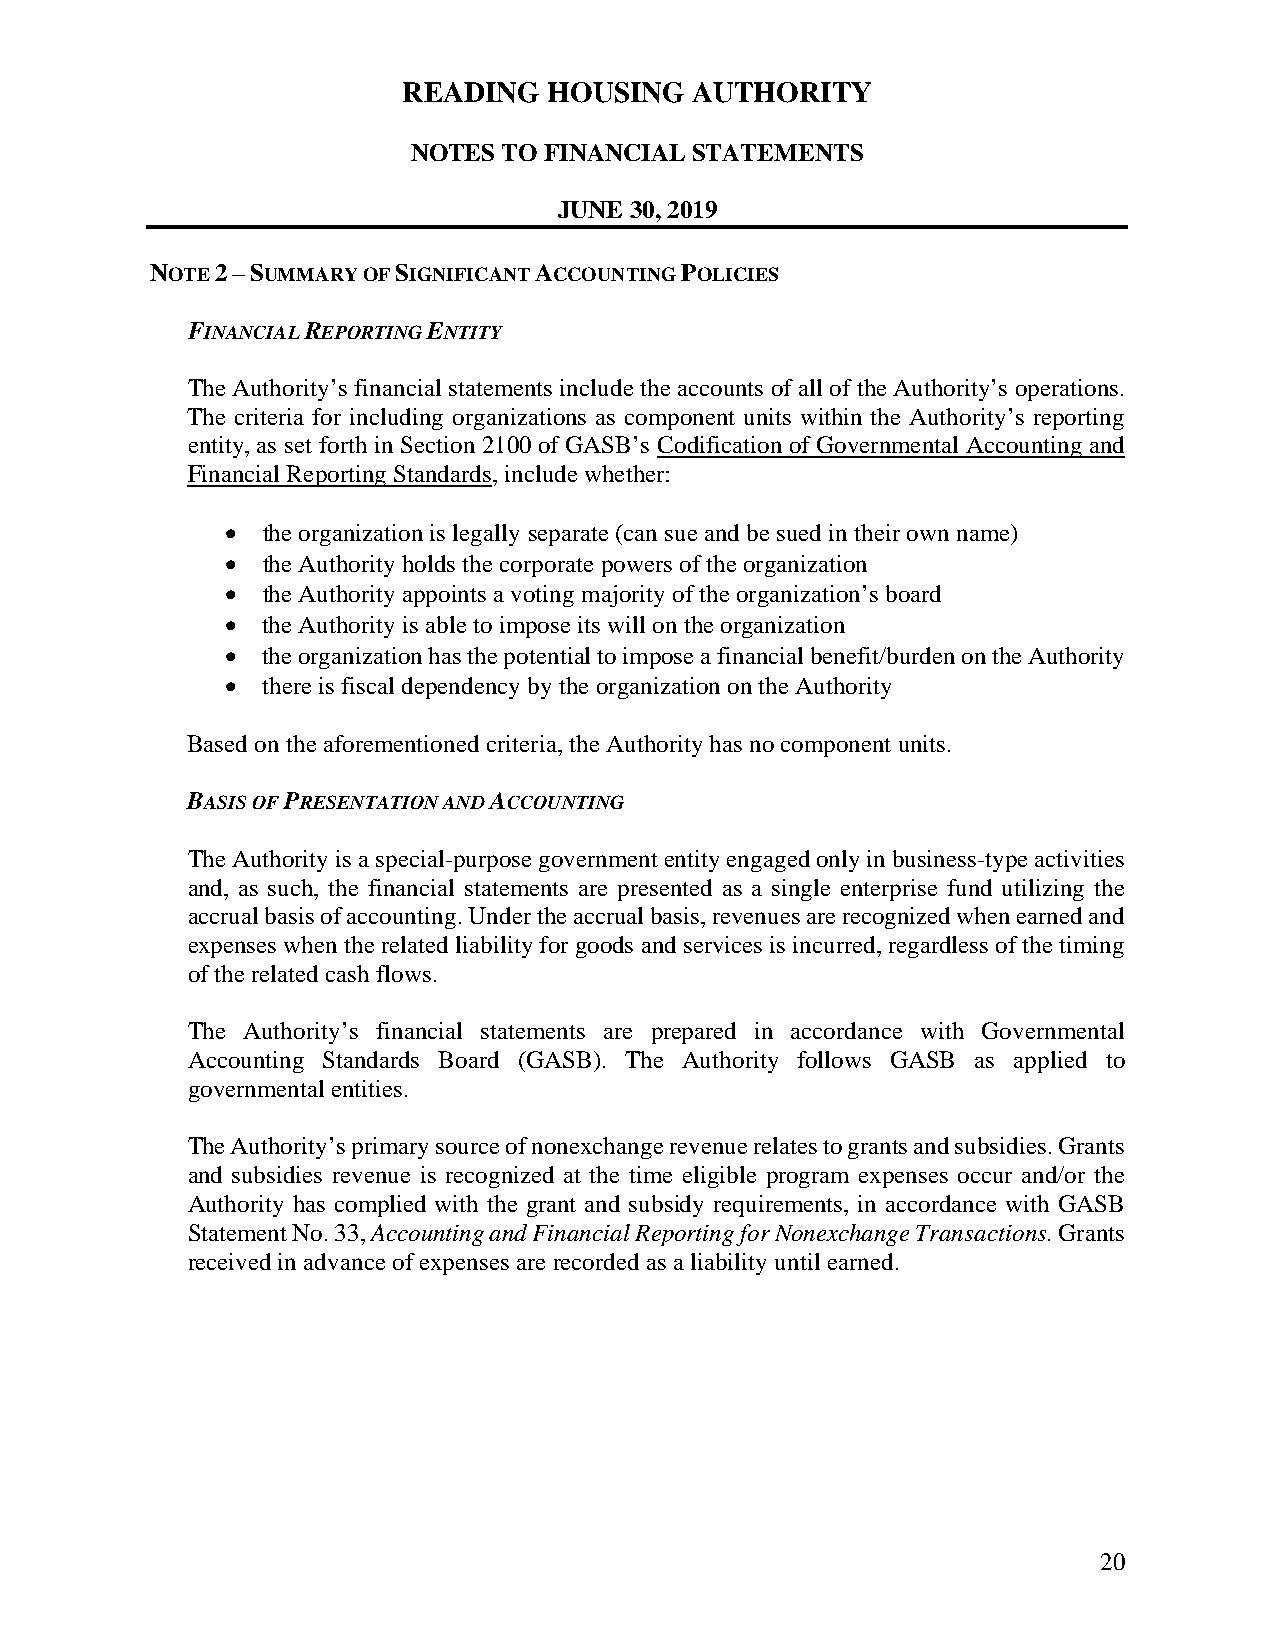
READING  HOUSING   AUTHORITY
 NOTES TO FINANCIAL STATEMENTS
 JUNE 30, 2019
 NOTE 2 – SUMMARY OF SIGNIFICANT ACCOUNTING POLICIES
 FINANCIAL REPORTING ENTITY
 The Authority’s financial statements include the accounts of all of the Authority’s operations.
 The criteria for including organizations as component units within the Authority’s reporting
 entity, as set forth in Section 2100 of GASB’s Codification of Governmental Accounting and
 Financial Reporting Standards, include whether:
  the organization is legally separate (can sue and be sued in their own name)
  the Authority holds the corporate powers of the organization
  the Authority appoints a voting majority of the organization’s board
  the Authority is able to impose its will on the organization
  the organization has the potential to impose a financial benefit/burden on the Authority
  there is fiscal dependency by the organization on the Authority
 Based on the aforementioned criteria, the Authority has no component units.
 BASIS OF PRESENTATION AND ACCOUNTING
 The Authority is a special-purpose government entity engaged only in business-type activities
 and, as such, the financial statements are presented as a single enterprise fund utilizing the
 accrual basis of accounting. Under the accrual basis, revenues are recognized when earned and
 expenses when the related liability for goods and services is incurred, regardless of the timing
 of the related cash flows.
 The Authority’s financial statements are prepared in accordance with Governmental
 Accounting Standards Board (GASB). The Authority follows GASB as applied to
 governmental entities.
 The Authority’s primary source of nonexchange revenue relates to grants and subsidies. Grants
 and subsidies revenue is recognized at the time eligible program expenses occur and/or the
 Authority has complied with the grant and subsidy requirements, in accordance with GASB
 Statement No. 33, Accounting and Financial Reporting for Nonexchange Transactions. Grants
 received in advance of expenses are recorded as a liability until earned.
 20